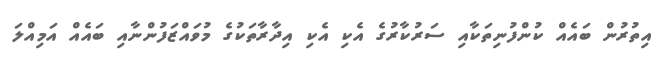
އިތުރުން ބައެއް ކުންފުނިތަކާއި ސަރުކާރުގެ އެކި އެކި އިދާރާތަކުގެ މުވައްޒަފުންނާއި ބައެއް އަމިއްލަ